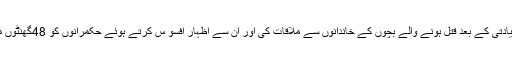
19 ستمبر2019ء) امیر جماعت اسلامی سینیٹر سراج الحق نے چونیاں میں زیادتی کے بعد قتل ہونے والے بچوں کے خاندانوں سے ملاقات کی اور ان سے اظہار افسو س کرتے ہوئے حکمرانوں کو 48گھنٹوں میں بچوں کے قاتلوں کو گرفتار کرکے کٹہرے میں لانے کا الٹی میٹم دیا ہے ۔